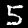
Digit: 5